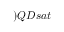
) Q D s a t